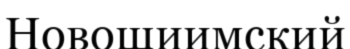
Новошиимский